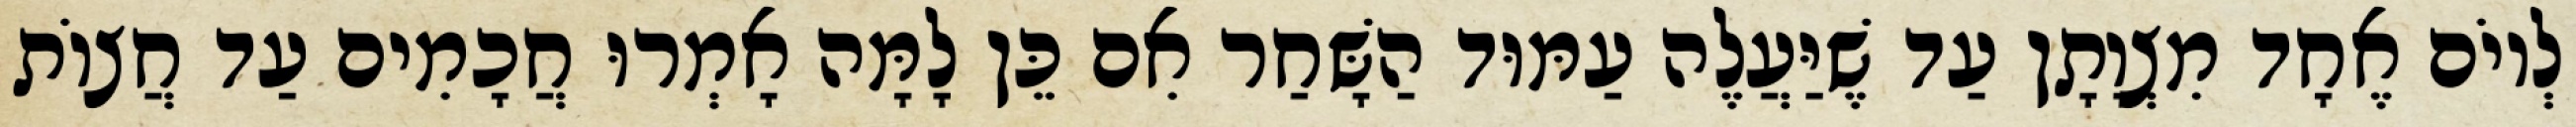
לְיוֹם אֶחָד מִצְוָתָן עַד שֶׁיַּעֲלֶה עַמּוּד הַשָּׁחַר אִם כֵּן לָמָּה אָמְרוּ חֲכָמִים עַד חֲצוֹת